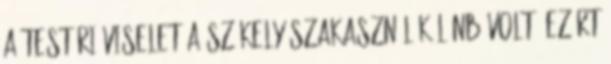
a testőri viselet a székely szakasznál különb volt, ezért